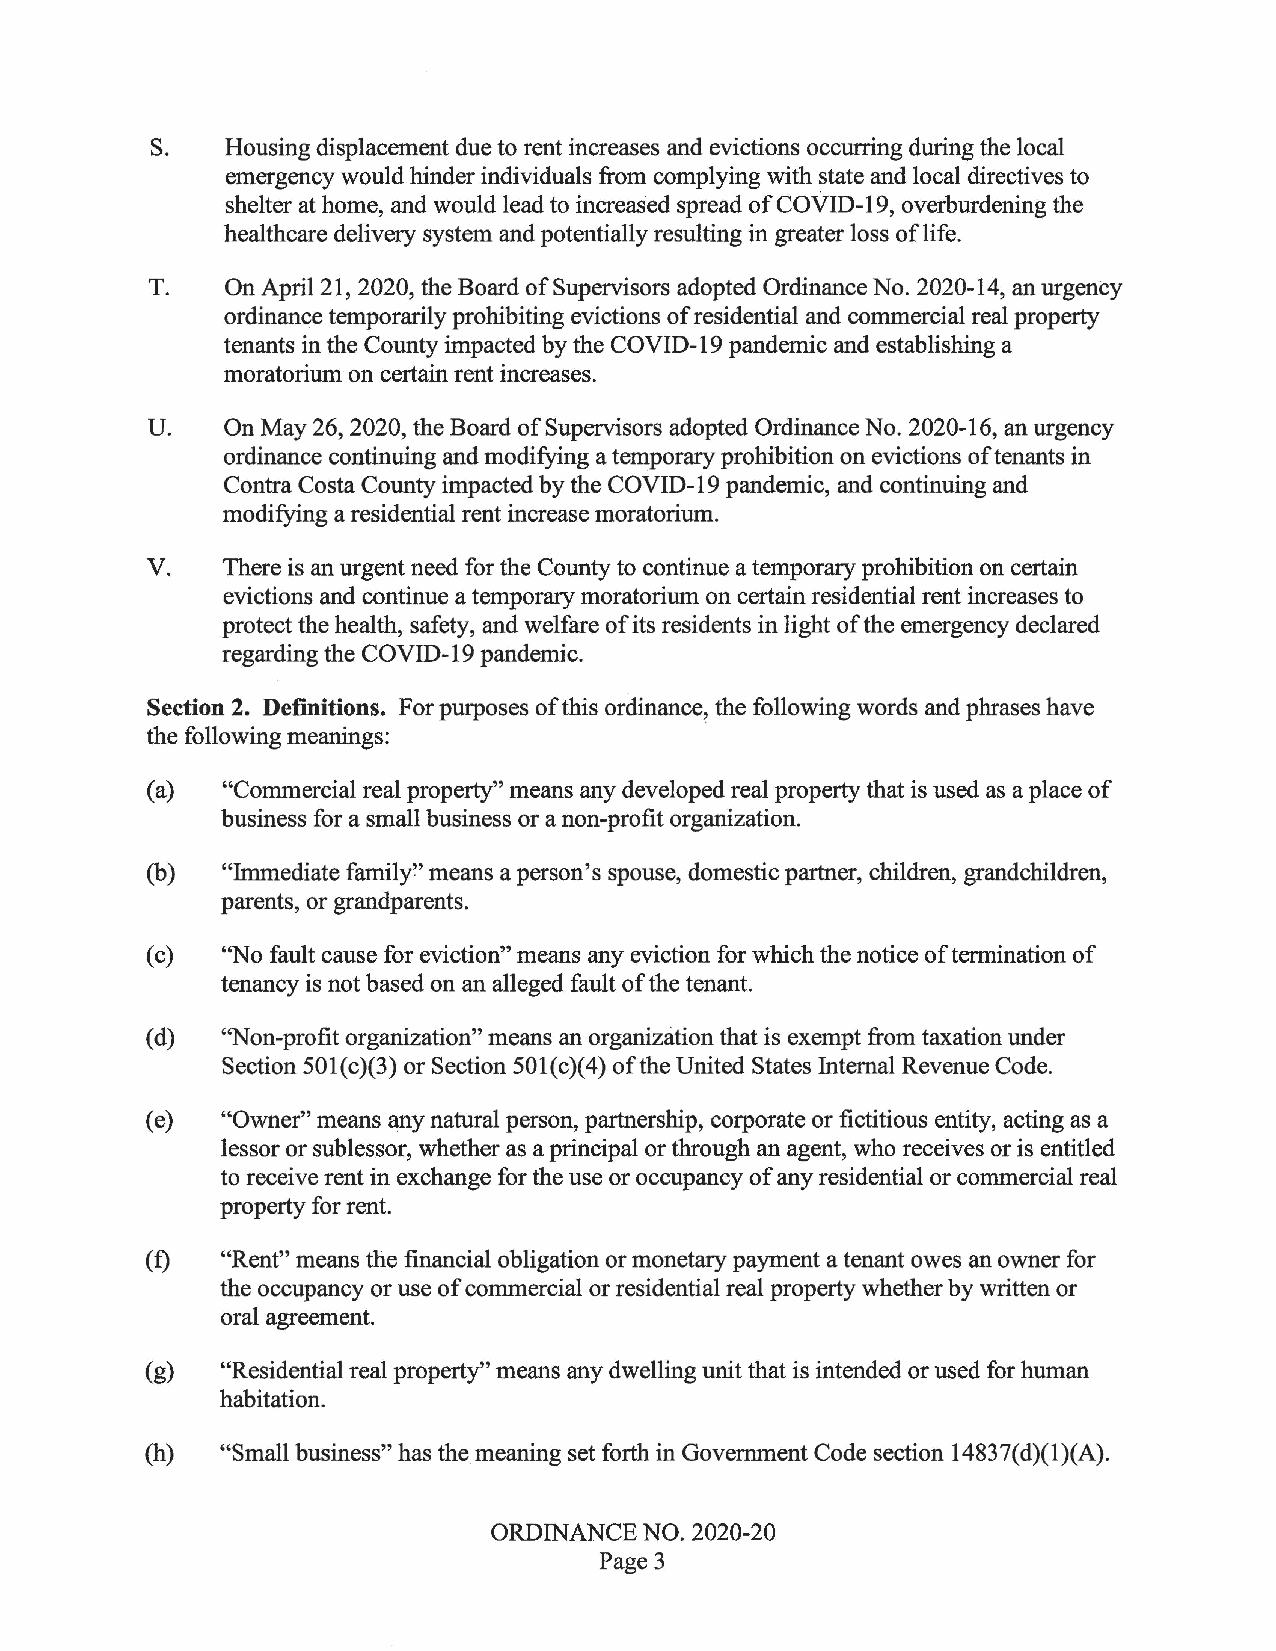
S.   Housing displacement due to rent increases and evictions occurring during the local
 emergency would hinder individuals from complying with state and local directives to
 shelter at home, and would lead to increased spread of COVID-19, overburdening the
 healthcare delivery system and potentially resulting in greater loss of life.
 T.   On April 21, 2020, the Board of Supervisors adopted Ordinance No. 2020-14, an urgency
 ordinance temporarily prohibiting evictions of residential and commercial real property
 tenants in the County impacted by the COVID-19 pandemic and establishing a
 moratorium on certain rent increases.
 U.   On May 26, 2020, the Board of Supervisors adopted Ordinance No. 2020-16, an urgency
 ordinance continuing and modifying a temporary prohibition on evictions of tenants in
 Contra Costa County impacted by the COVID-19 pandemic, and continuing and
 modifying a residential rent increase moratorium.
 V.   There is an urgent need for the County to continue a temporary prohibition on certain
 evictions and continue a temporary moratorium on certain residential rent increases to
 protect the health, safety, and welfare of its residents in light of the emergency declared
 regarding the COVID-19 pandemic.
 Section 2. Defmitions. For purposes of this ordinance, the following words and phrases have
 the following meanings:
 ( a) "Commercial real property" means any developed real property that is used as a place of
 business for a small business or a non-profit organization.
 (b)  "Immediate family" means a person's spouse, domestic partner, children, grandchildren,
 parents, or grandparents.
 (c)  "No fault cause for eviction" means any eviction for which the notice of termination of
 tenancy is not based on an alleged fault of the tenant.
 ( d) "Non-profit organization" means an organization that is exempt from taxation under
 Section 501(c)(3) or Section 50l(c)(4) of the United States Internal Revenue Code.
 ( e) "Owner" means any natural person, partnership, corporate or fictitious entity, acting as a
 lessor or subles.sor, whether as a principal or through an agent, who receives or is entitled
 to receive rent in exchange for the use or occupancy of any residential or commercial real
 property for rent.
 (f)  "Rent" means the financial obligation or monetary payment a tenant owes an owner for
 the occupancy or use of commercial or residential real property whether by written or
 oral agreement.
 (g)  "Residential real property" means any dwelling unit that is intended or used for human
 habitation.
 (h)  "Small business" has the meaning set forth in Government Code section 14837(d)(l)(A).
 ORDINANCE NO. 2020-20
 Page3